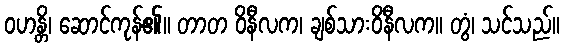
ဝဟန္တိ၊ ဆောင်ကုန်၏။ တာတ ဝိနီလက၊ ချစ်သားဝိနီလက။ တွံ၊ သင်သည်။